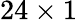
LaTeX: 24\times 1